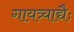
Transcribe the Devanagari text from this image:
गायत्र्याद्यैः